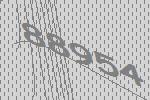
88954